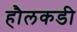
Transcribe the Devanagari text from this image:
हौलकडी